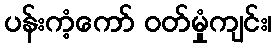
ပန်းကံ့ကော် ဝတ်မှုံကျင်း၊